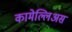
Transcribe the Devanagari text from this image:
कामेल्लिअस